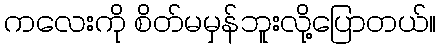
ကလေးကို စိတ်မမှန်ဘူးလို့ပြောတယ်။